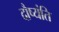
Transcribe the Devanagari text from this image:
दौष्यंति